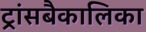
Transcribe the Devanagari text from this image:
ट्रांसबैकालिका